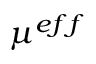
\mu ^ { e f f }